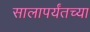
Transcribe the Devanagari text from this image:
सालापर्यंतच्या